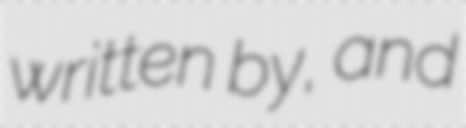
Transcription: written by, and